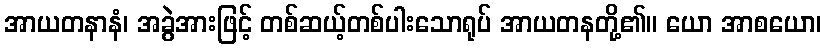
အာယတနာနံ၊ အခွဲအားဖြင့် တစ်ဆယ့်တစ်ပါးသောရုပ် အာယတနတို့၏။ ယော အာစယော၊